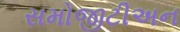
સમોજીટીઅન